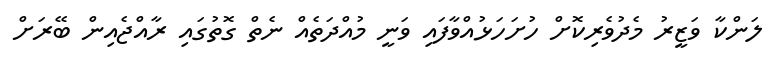
ލަންކާ ވަޒީރު މެދުވެރިކޮށް ހުށަހަޅުއްވާފައި ވަނީ މުއްދަތެއް ނެތް ގޮތުގައި ރާއްޖެއިން ބޭރަށް